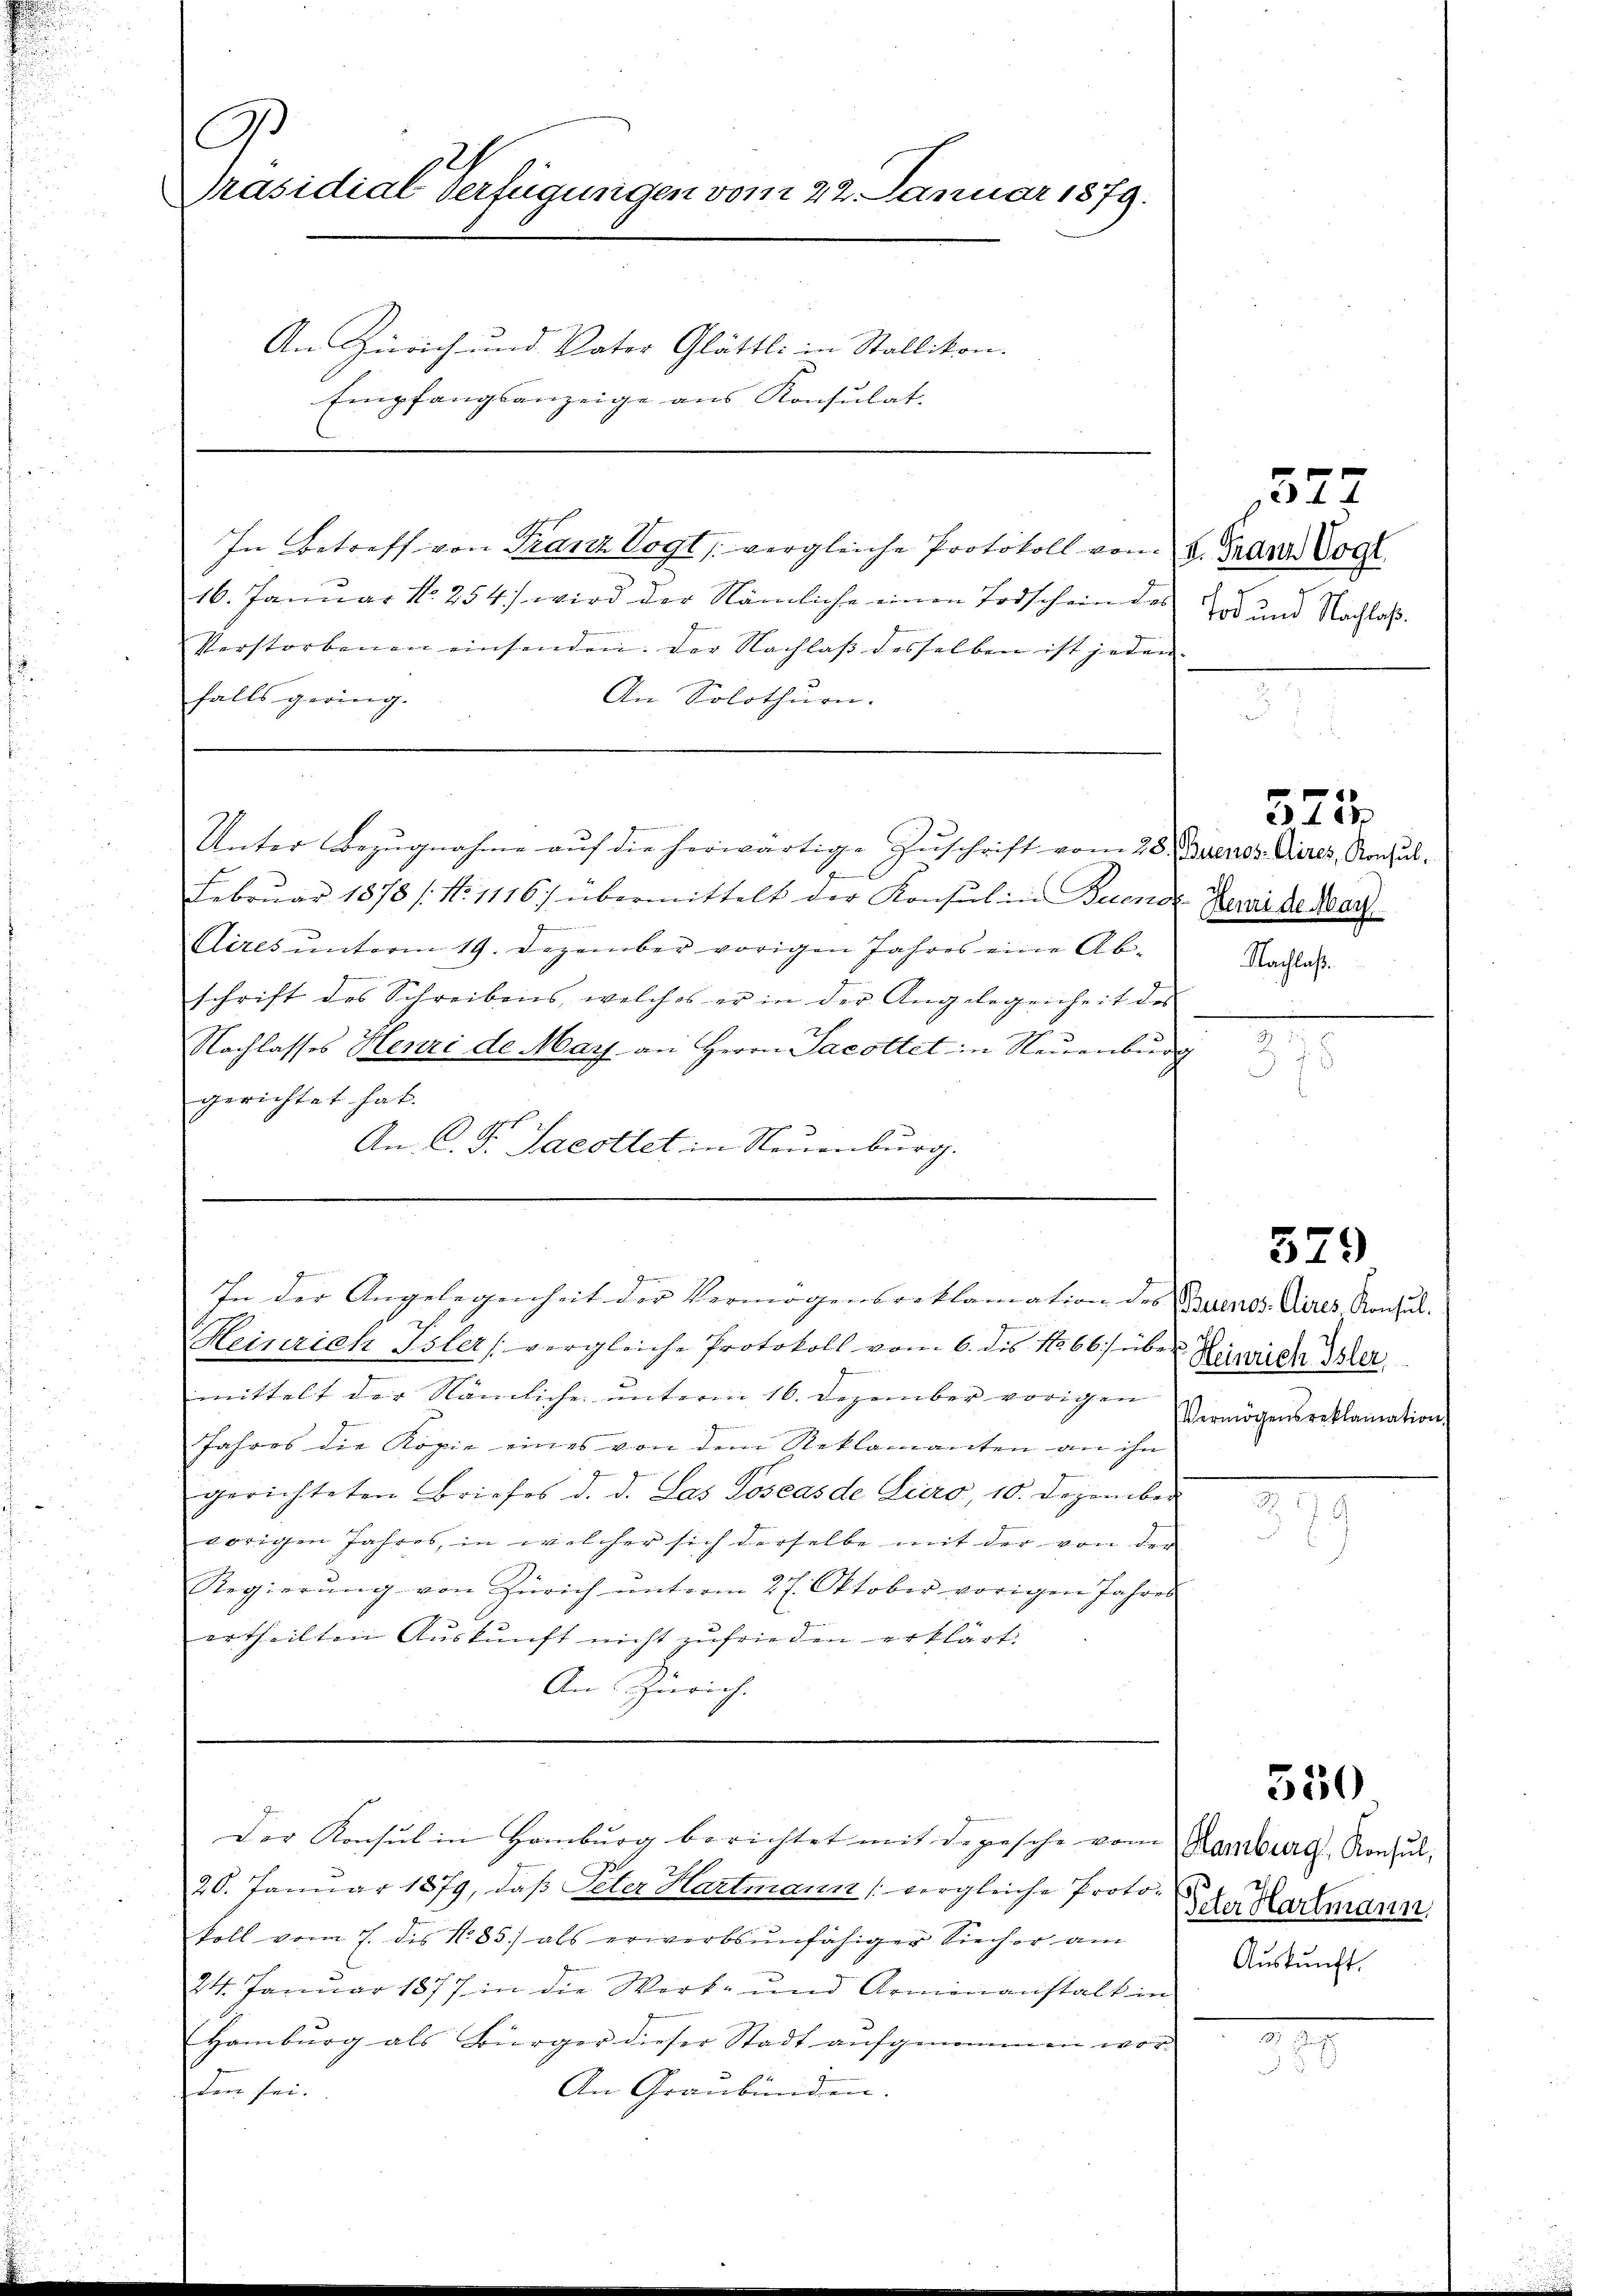
A.
Präsidial Verfügungen vom 22. Januar 1879.
An Zürich und Vater Glättli in Stallikon.
Empfangsanzeige aus Konsulat-

In Betreff von Franz Vogt vergleiche Protokoll vom 4. Jaarer Vogl
16. Januar Nr. 254.) wird der Nämliche einen Todschein des
Verstorbenen einsenden. Der Nachlaβ desselben ist jeden
falls gering.
An Solothurn.
 einer
Unter Bezugnahme auf die herwärtige Zuschrift vom 28. Suenos Aires, Nachal-
Februar 1878 /: No 1116/ übermittelt der Konsul in Buenoz Zaraide Mar
Cires unterm 19. Dezember vorigen Jahres eine Ab-
schrift des Schreibens, welches er in der Angelegenheit des
Nachlasses Henri de May an Herrn Jacottet in Neuenburg
gerichtet hat.
An C. Fr. Jacottet in Neuenburg.
a
In der Angelegenheit der Vermögensreklamation des Buenos Aires Rochus.
Heinrich Isler (vergleiche Protokoll vom 6. dis No 66) übe
mittelt der Nämliche unterm 16. Dezember vorigen
JJahres die Kopie eines von dem Reklamanten an ihn
gerichteten Briefes d. d. Las Toscasde Euro, 10. Dezember
vorigen Jahres, in welcher sich derselbe mit der von der
Regierŭng von Zürich ŭnterm 27. Oktober vorigen Jahres
ertheilten Auskunft nicht zufrieden erklärt.
An Zürich.

20. Januar 1879, daß Peter Hartmann (vergleiche Proto- Ader Hartmann,
koll vom 7. des N. 83) als erwerbsunfähiger Siecher am
24. Januar 1877 in die Wirk- und Armenanstalt in
Hamburg als Bürger dieser Stadt aufgenommen wor¬
An Graubünden.
den sei.

Der Konsul in Hamburg berichtet mit depesche vom Hamburg, Konsul,

1572
Tod und Nachlaß.

Nachlaß.

325

579

Heinrich Isler
Vermögensreklamation

550

Auskunft.

i
n